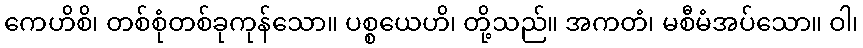
ကေဟိစိ၊ တစ်စုံတစ်ခုကုန်သော။ ပစ္စယေဟိ၊ တို့သည်။ အကတံ၊ မစီမံအပ်သော။ ဝါ၊